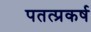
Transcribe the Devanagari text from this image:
पतत्प्रकर्ष